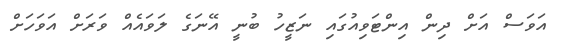
އަވަސް އަށް ދިން އިންޓަވިއުގައި ނަޒީހު ބުނީ އޭނަގެ ލަވައެއް ވަރަށް އަވަހަށް